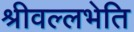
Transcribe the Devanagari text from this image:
श्रीवल्लभेति